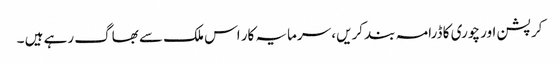
کرپشن اور چوری کا ڈرامہ بند کریں، سرمایہ کار اس ملک سے بھاگ رہے ہیں ۔